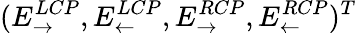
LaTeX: (E_{\rightarrow}^{LCP},E_{\leftarrow}^{LCP},E_{\rightarrow}^{RCP},E_{\leftarrow}^{RCP})^{T}